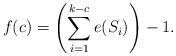
LaTeX: \begin{align*}f(c)= \left(\sum_{i=1}^{k-c} e(S_i)\right)-1.\end{align*}